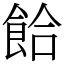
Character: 餄